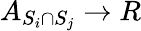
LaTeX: A_{S_{i}\cap S_{j}}\rightarrow R